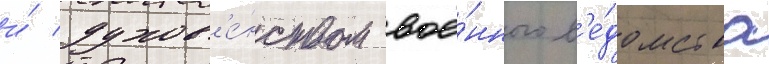
и́ духов'е́нством вое́нного в'е́домства